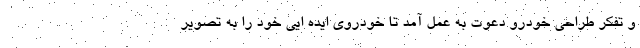
و تفکر طراحی خودرو دعوت به عمل آمد تا خودروی ایده ایی خود را به تصویر